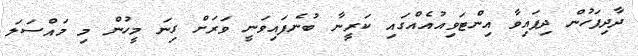
ދާދިފަހުން ދިފައިވާ އިންޓަވިއުއެއްގައި ކަރީނާ ބުނެފައިވަނީ ވަރަށް ގިނަ މީހުން މި މައްސަލަ